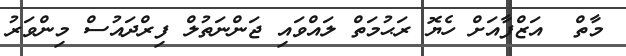
މާތް  އަޒްފާއަށް ހެޔޮ ރަޙުމަތް ލައްވައި ޖަންނަތުލް ފިރްދައުސް މިންވަރު